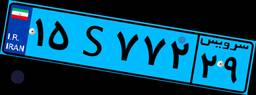
۱۵S۷۷۲۲۹